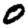
Digit: 0